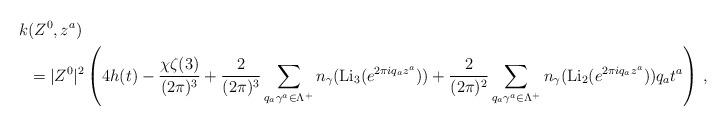
LaTeX: \begin{align*} k&(Z^0,z^a)\\ &=|Z^0|^2\left(4h(t)-\frac{\chi \zeta(3)}{(2\pi)^3}+\frac{2}{(2\pi)^3}\sum_{q_a\gamma^a \in \Lambda^+}n_{\gamma}(\mathrm{Li}_3(e^{2\pi iq_az^a}))+\frac{2}{(2\pi )^2}\sum_{q_a\gamma^a \in \Lambda^+}n_{\gamma}(\mathrm{Li}_2(e^{2\pi iq_az^a}))q_at^a\right)\,,\\\end{align*}